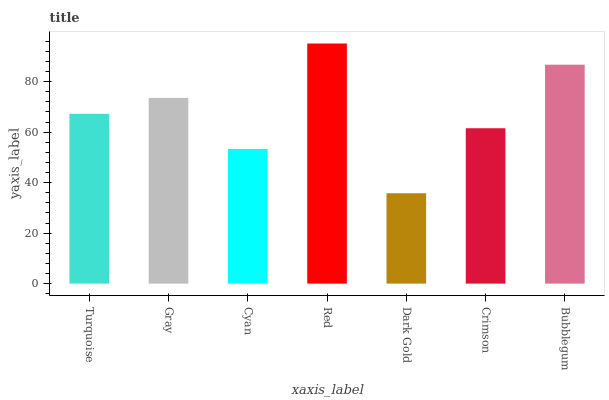
| xaxis_label | bars |
 | --- | --- |
 | Turquoise | 67.3 |
 | Gray | 73.6 |
 | Cyan | 53.4 |
 | Red | 95.1 |
 | Dark Gold | 35.8 |
 | Crimson | 61.6 |
 | Bubblegum | 86.7 |